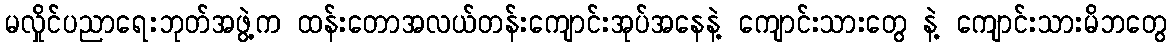
မလှိုင်ပညာရေးဘုတ်အဖွဲ့က ထန်းတောအလယ်တန်းကျောင်းအုပ်အနေနဲ့ ကျောင်းသားတွေ နဲ့ ကျောင်းသားမိဘတွေ